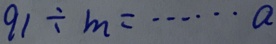
9 1 \div m = \cdots a